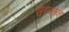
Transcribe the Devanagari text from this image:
झुझ्कोव्ह